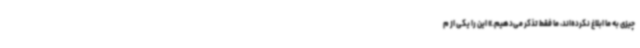
چیزی به ما ابلاغ نکرده‌اند، ما فقط تذکر می‌دهیم.» این را یکی از م